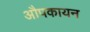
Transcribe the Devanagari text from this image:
औपकायन